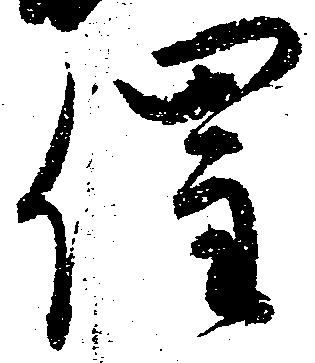
催